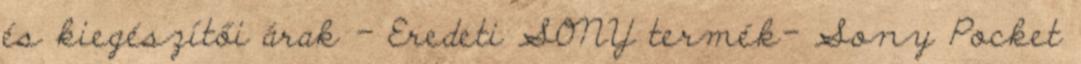
és kiegészítői árak - Eredeti SONY termék- Sony Pocket